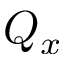
Q _ { x }